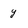
Character: y